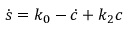
\dot { s } = k _ { 0 } - \dot { c } + k _ { 2 } c